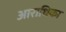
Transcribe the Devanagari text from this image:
आराधिका